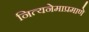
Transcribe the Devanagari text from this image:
नित्यनेमाप्रमाणे